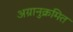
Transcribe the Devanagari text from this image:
अग्रानुक्रमित